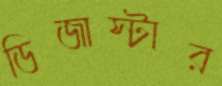
ডিজাস্টার